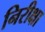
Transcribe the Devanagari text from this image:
निरीक्षा